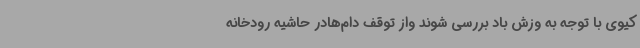
کیوی با توجه به وزش باد بررسی شوند واز توقف دام‌هادر حاشیه رودخانه